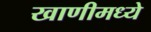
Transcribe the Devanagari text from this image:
खाणीमध्ये